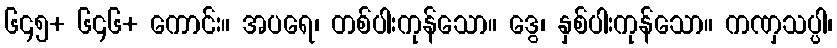
၆၄၅+ ၆၄၆+ ကောင်း။ အပရေ၊ တစ်ပါးကုန်သော။ ဒွေ၊ နှစ်ပါးကုန်သော။ ကဏှသပ္ပါ၊